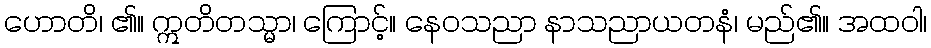
ဟောတိ၊ ၏။ ဣတိတသ္မာ၊ ကြောင့်။ နေဝသညာ နာသညာယတနံ၊ မည်၏။ အထဝါ၊